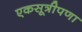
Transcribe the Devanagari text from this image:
एकसूत्रीपणा